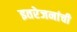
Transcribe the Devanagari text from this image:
इतरेजनांची